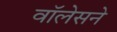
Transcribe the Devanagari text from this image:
वॉलेसने